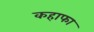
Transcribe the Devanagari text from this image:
कहाफा